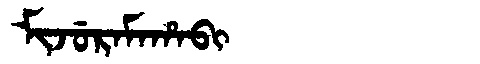
Manchu: ᠮᡳᠵᡠᡵᠠᠮᠠᡥᠠᠪᡳ
Romanization: MIJURAMAHABI